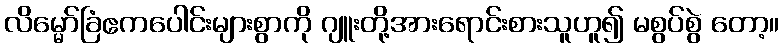
လိမ္မော်ခြံဧကပေါင်းများစွာကို ဂျူးတို့အားရောင်းစားသူဟူ၍ မစွပ်စွဲ တော့။